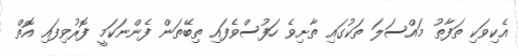
އެކިވަކި ތަފާތު މައްސަލަ ތަކުގައި ތާށިވެ ހަފުސްވެފައި ތިބޭތަން ފެންނަކަމީ ފޮރުވިފައި އޮތް